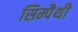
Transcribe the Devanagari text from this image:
सिम्पैथी